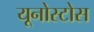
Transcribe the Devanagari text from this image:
यूनोस्टोस